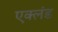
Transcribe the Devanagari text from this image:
एक्लंड